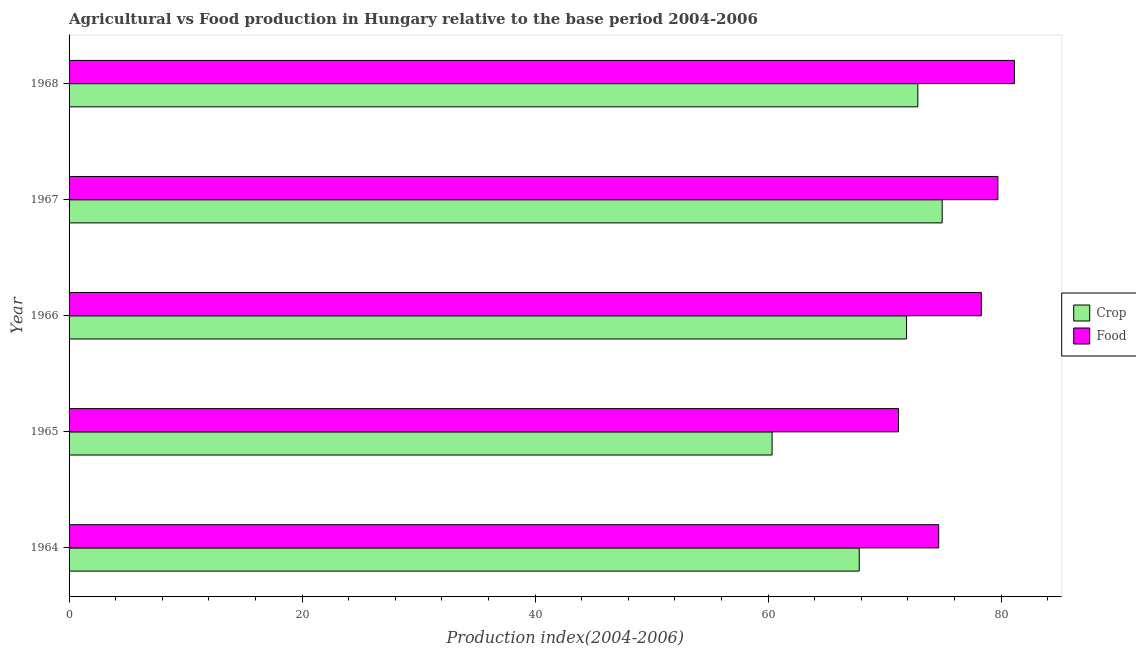
| Year | Crop | Food |
 | --- | --- | --- |
 | 1964 | 67.8 | 74.6 |
 | 1965 | 60.3 | 71.2 |
 | 1966 | 71.9 | 78.3 |
 | 1967 | 74.9 | 79.7 |
 | 1968 | 72.8 | 81.1 |